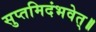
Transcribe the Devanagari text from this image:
सुप्तमिदंभवेत्॥